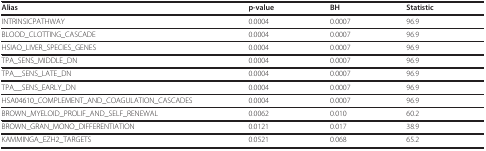
<table><thead><tr><td><b>Alias</b></td><td><b>p-value</b></td><td><b>BH</b></td><td><b>Statistic</b></td></tr></thead><tbody><tr><td>INTRINSICPATHWAY</td><td>0.0004</td><td>0.0007</td><td>96.9</td></tr><tr><td>BLOOD_CLOTTING_CASCADE</td><td>0.0004</td><td>0.0007</td><td>96.9</td></tr><tr><td>HSIAO_LIVER_SPECIES_GENES</td><td>0.0004</td><td>0.0007</td><td>96.9</td></tr><tr><td>TPA_SENS_MIDDLE_DN</td><td>0.0004</td><td>0.0007</td><td>96.9</td></tr><tr><td>TPA__SENS_LATE_DN</td><td>0.0004</td><td>0.0007</td><td>96.9</td></tr><tr><td>TPA__SENS_EARLY_DN</td><td>0.0004</td><td>0.0007</td><td>96.9</td></tr><tr><td>HSA04610_COMPLEMENT_AND_COAGULATION_CASCADES</td><td>0.0004</td><td>0.0007</td><td>96.9</td></tr><tr><td>BROWN_MYELOID_PROLIF_AND_SELF_RENEWAL</td><td>0.0062</td><td>0.010</td><td>60.2</td></tr><tr><td>BROWN_GRAN_MONO_DIFFERENTIATION</td><td>0.0121</td><td>0.017</td><td>38.9</td></tr><tr><td>KAMMINGA_EZH2_TARGETS</td><td>0.0521</td><td>0.068</td><td>65.2</td></tr></tbody></table>